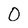
Character: 0